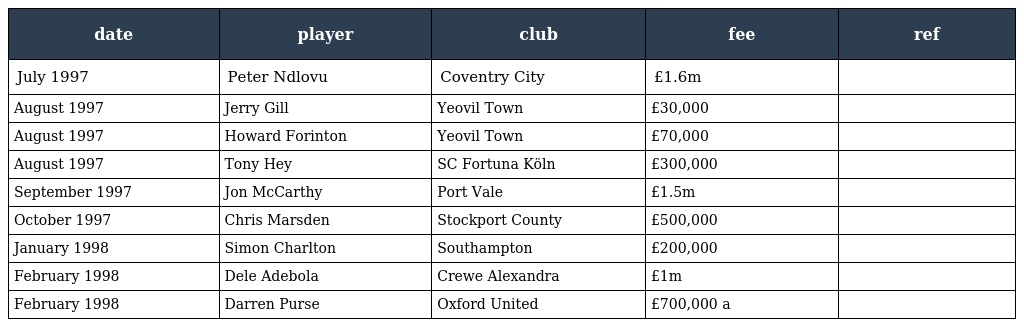
| date | player | club | fee | ref |
 | --- | --- | --- | --- | --- |
 | July 1997 | Peter Ndlovu | Coventry City | £1.6m |  |
 | August 1997 | Jerry Gill | Yeovil Town | £30,000 |  |
 | August 1997 | Howard Forinton | Yeovil Town | £70,000 |  |
 | August 1997 | Tony Hey | SC Fortuna Köln | £300,000 |  |
 | September 1997 | Jon McCarthy | Port Vale | £1.5m |  |
 | October 1997 | Chris Marsden | Stockport County | £500,000 |  |
 | January 1998 | Simon Charlton | Southampton | £200,000 |  |
 | February 1998 | Dele Adebola | Crewe Alexandra | £1m |  |
 | February 1998 | Darren Purse | Oxford United | £700,000 a |  |